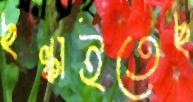
ছল্‌কাইতেছ